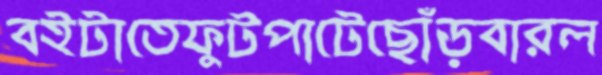
বইটাতেফুটপাটেছোঁড়বারল